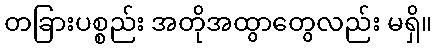
တခြားပစ္စည်း အတိုအထွာတွေလည်း မရှိ။